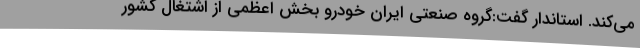
می‌کند. استاندار گفت:گروه صنعتی ایران خودرو بخش اعظمی از اشتغال کشور